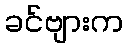
ခင်ဗျားက